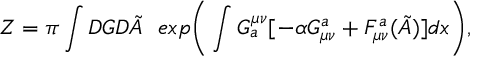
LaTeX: Z = \pi \int { \cal D } G { \cal D } \tilde { A } ~ ~ e x p \bigg ( \int G _ { a } ^ { \mu \nu } [ - \alpha G _ { \mu \nu } ^ { a } + F _ { \mu \nu } ^ { a } ( \tilde { A } ) ] d x \bigg ) ,